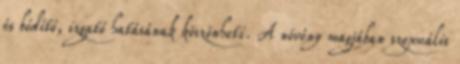
és bódító, izgató hatásának köszönheti. A növény magjában szexuális